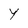
Character: Y